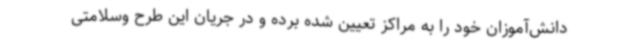
دانش‌آموزان خود را به مراکز تعیین شده برده و در جریان این طرح وسلامتی